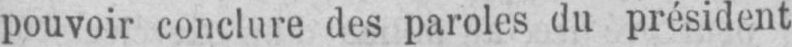
pouvoir conclure des paroles du président